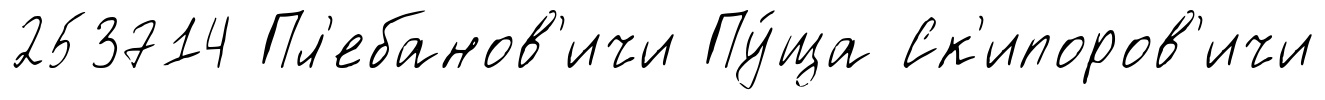
253714 Пл'ебанов'ичи Пу́ща Ск'ипоров'ичи